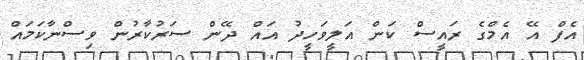
އެފް އޭ އެމްގެ ރައީސް ކަން އަލީވަހީދު އައް ދޭން ސަރުކާރުން ވިސްނާކަމައް